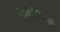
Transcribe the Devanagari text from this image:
वियारेगियो